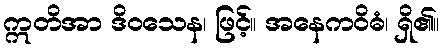
ဣတိအာ ဒိဝသေန၊ ဖြင့်။ အနေကဝိဓံ၊ ရှိ၏။